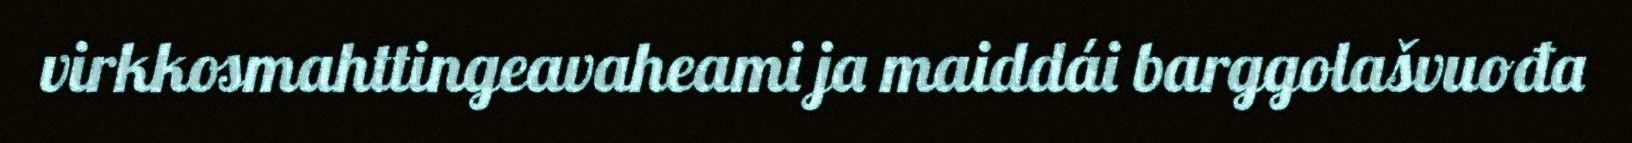
virkkosmahttingeavaheami ja maiddái barggolašvuođa